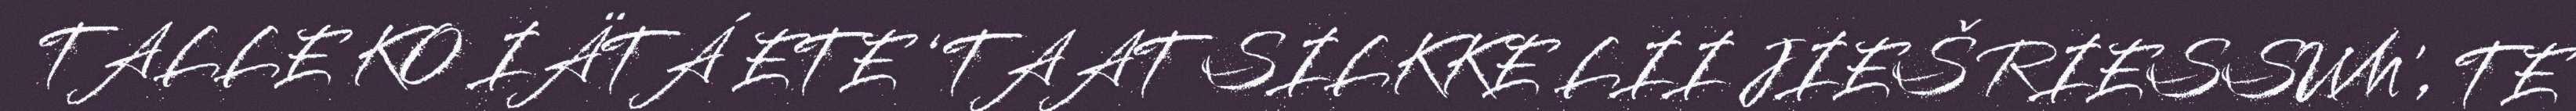
TALLE KO IÄTÁ ETE ‘TAAT SILKKE LII JIEŠ RIESSUM', TE